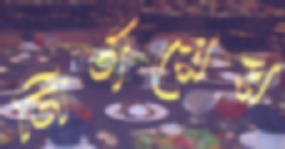
নির্ণয়ের